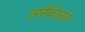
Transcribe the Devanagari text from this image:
जर्नबोआस